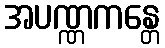
အပဏ္ဏကန္တေ